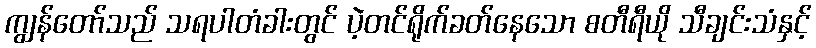
ကျွန်တော်သည် သရပါတံခါးတွင် ပဲ့တင်ရိုက်ခတ်နေသော စတီရီယို သီချင်းသံနှင့်